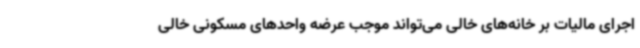
اجرای مالیات بر خانه‌های خالی می‌تواند موجب عرضه واحدهای مسکونی خالی